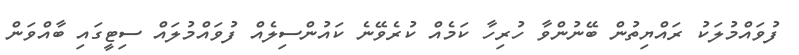
ފުވައްމުލަކު ރައްޔިތުން ބޭނުންވާ ހުރިހާ ކަމެއް ކުރެވޭނެ ކައުންސިލެއް ފުވައްމުލައް ސިޓީގައި ބާއްވަން